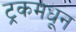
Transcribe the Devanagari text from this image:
ट्रकमधून